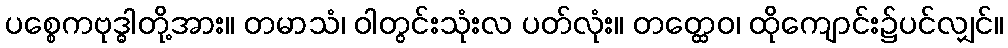
ပစ္စေကဗုဒ္ဓါတို့အား။ တမာသံ၊ ဝါတွင်းသုံးလ ပတ်လုံး။ တတ္ထေဝ၊ ထိုကျောင်း၌ပင်လျှင်။